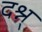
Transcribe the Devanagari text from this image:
दश्न्